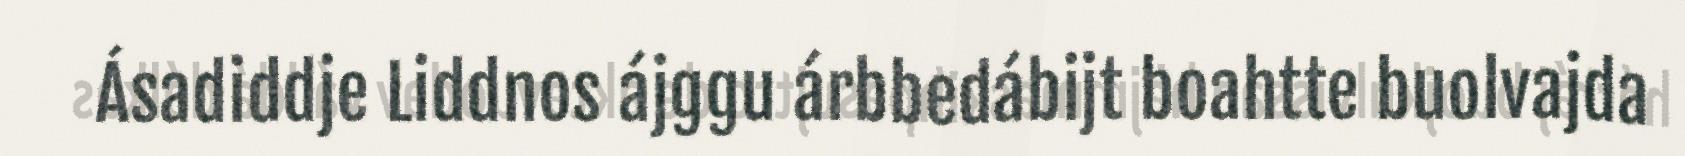
Ásadiddje Liddnos ájggu árbbedábijt boahtte buolvajda